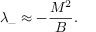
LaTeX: \lambda _ { - } \approx - { \frac { M ^ { 2 } } { B } } .